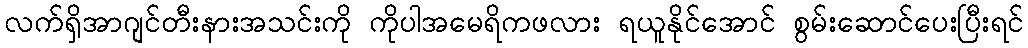
လက်ရှိအာဂျင်တီးနားအသင်းကို ကိုပါအမေရိကဖလား ရယူနိုင်အောင် စွမ်းဆောင်ပေးပြီးရင်